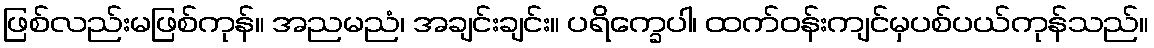
ဖြစ်လည်းမဖြစ်ကုန်။ အညမညံ၊ အချင်းချင်း။ ပရိက္ခေပါ၊ ထက်ဝန်းကျင်မှပစ်ပယ်ကုန်သည်။